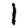
Digit: 1